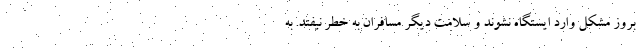
بروز مشکل وارد ایستگاه نشوند و سلامت دیگر مسافران به خطر نیفتد. به